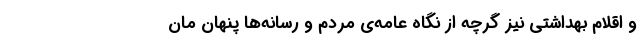
و اقلام بهداشتی نیز گرچه از نگاه عامه‌ی مردم و رسانه‌ها پنهان مان